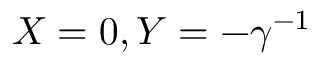
X = 0 , Y = - \gamma ^ { - 1 }